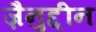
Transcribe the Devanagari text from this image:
ज़ैनुद्दीन